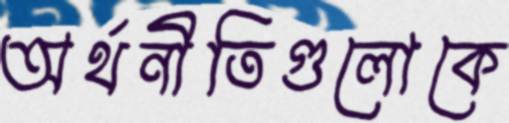
অর্থনীতিগুলোকে